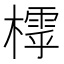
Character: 𣛲